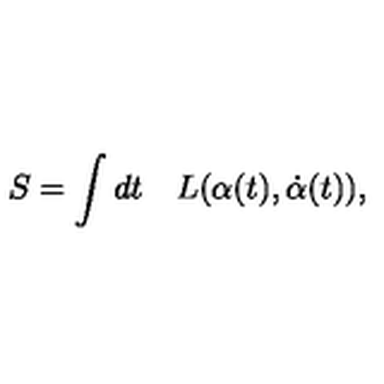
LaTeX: S = \int d t \quad L ( \alpha ( t ) , \dot { \alpha } ( t ) ) ,